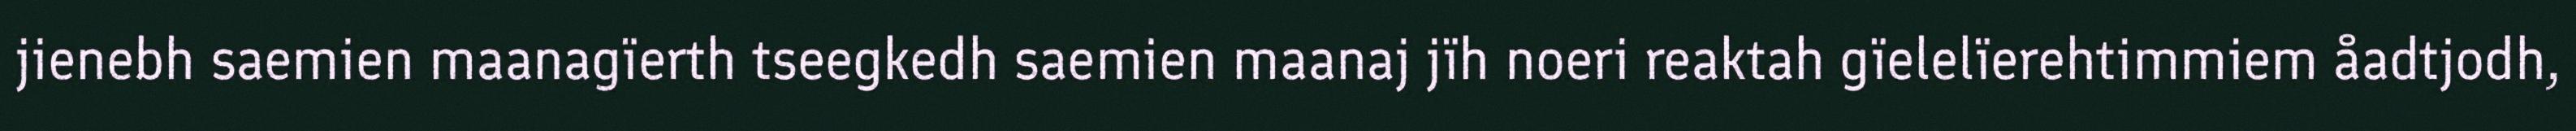
jienebh saemien maanagïerth tseegkedh saemien maanaj jïh noeri reaktah gïelelïerehtimmiem åadtjodh,